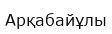
Арқабайұлы